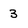
Character: 3